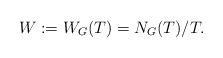
LaTeX: \begin{align*}W : = W_G(T) = N_G(T) /T.\end{align*}